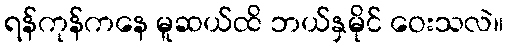
ရန်ကုန်ကနေ မူဆယ်ထိ ဘယ်နှမိုင် ဝေးသလဲ။